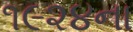
૧૯૨૪ના